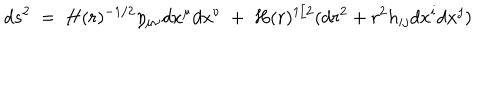
LaTeX: d s ^ { 2 } ~ = ~ H ( r ) ^ { - 1 / 2 } \eta _ { \mu \nu } d x ^ { \mu } d x ^ { \nu } ~ + ~ H ( r ) ^ { 1 / 2 } ( d r ^ { 2 } + r ^ { 2 } h _ { i j } d x ^ { i } d x ^ { j } )